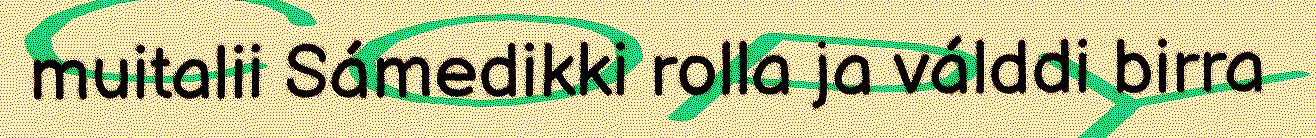
muitalii Sámedikki rolla ja válddi birra